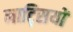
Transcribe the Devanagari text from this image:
नाट्सियों